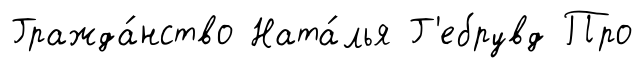
Гражда́нство Ната́лья Г'ебрувд Про